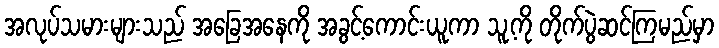
အလုပ်သမားများသည် အခြေအနေကို အခွင့်ကောင်းယူကာ သူ့ကို တိုက်ပွဲဆင်ကြမည်မှာ